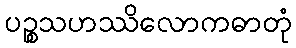
ပဉ္စသဟဿိလောကဓာတုံ